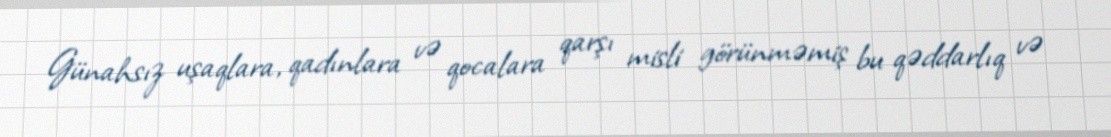
Günahsız uşaqlara, qadınlara və qocalara qarşı misli görünməmiş bu qəddarlıq və